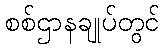
စစ်ဌာနချုပ်တွင်